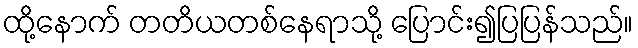
ထို့နောက် တတိယတစ်နေရာသို့ ပြောင်း၍ပြပြန်သည်။